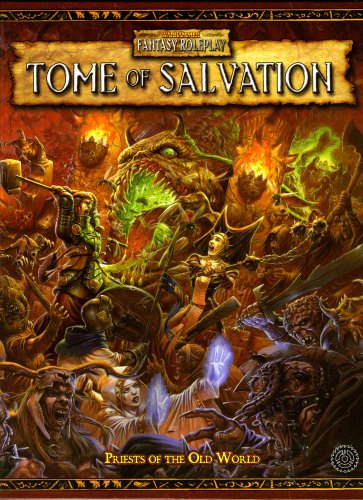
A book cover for Warhammer RPG: Tome of Salvation (Warhammer Fantasy Roleplay); Eric Cagle; Science Fiction & Fantasy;